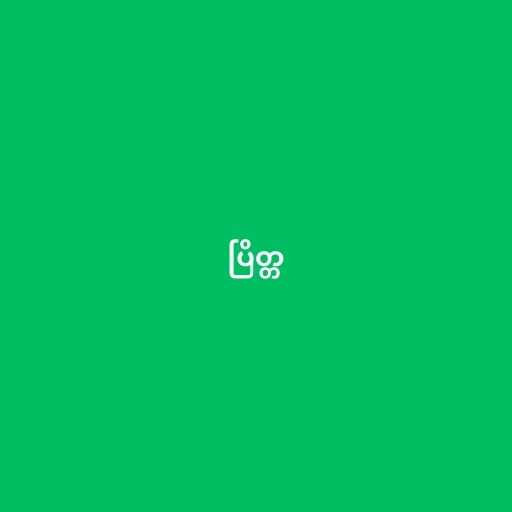
ပြိတ္တ